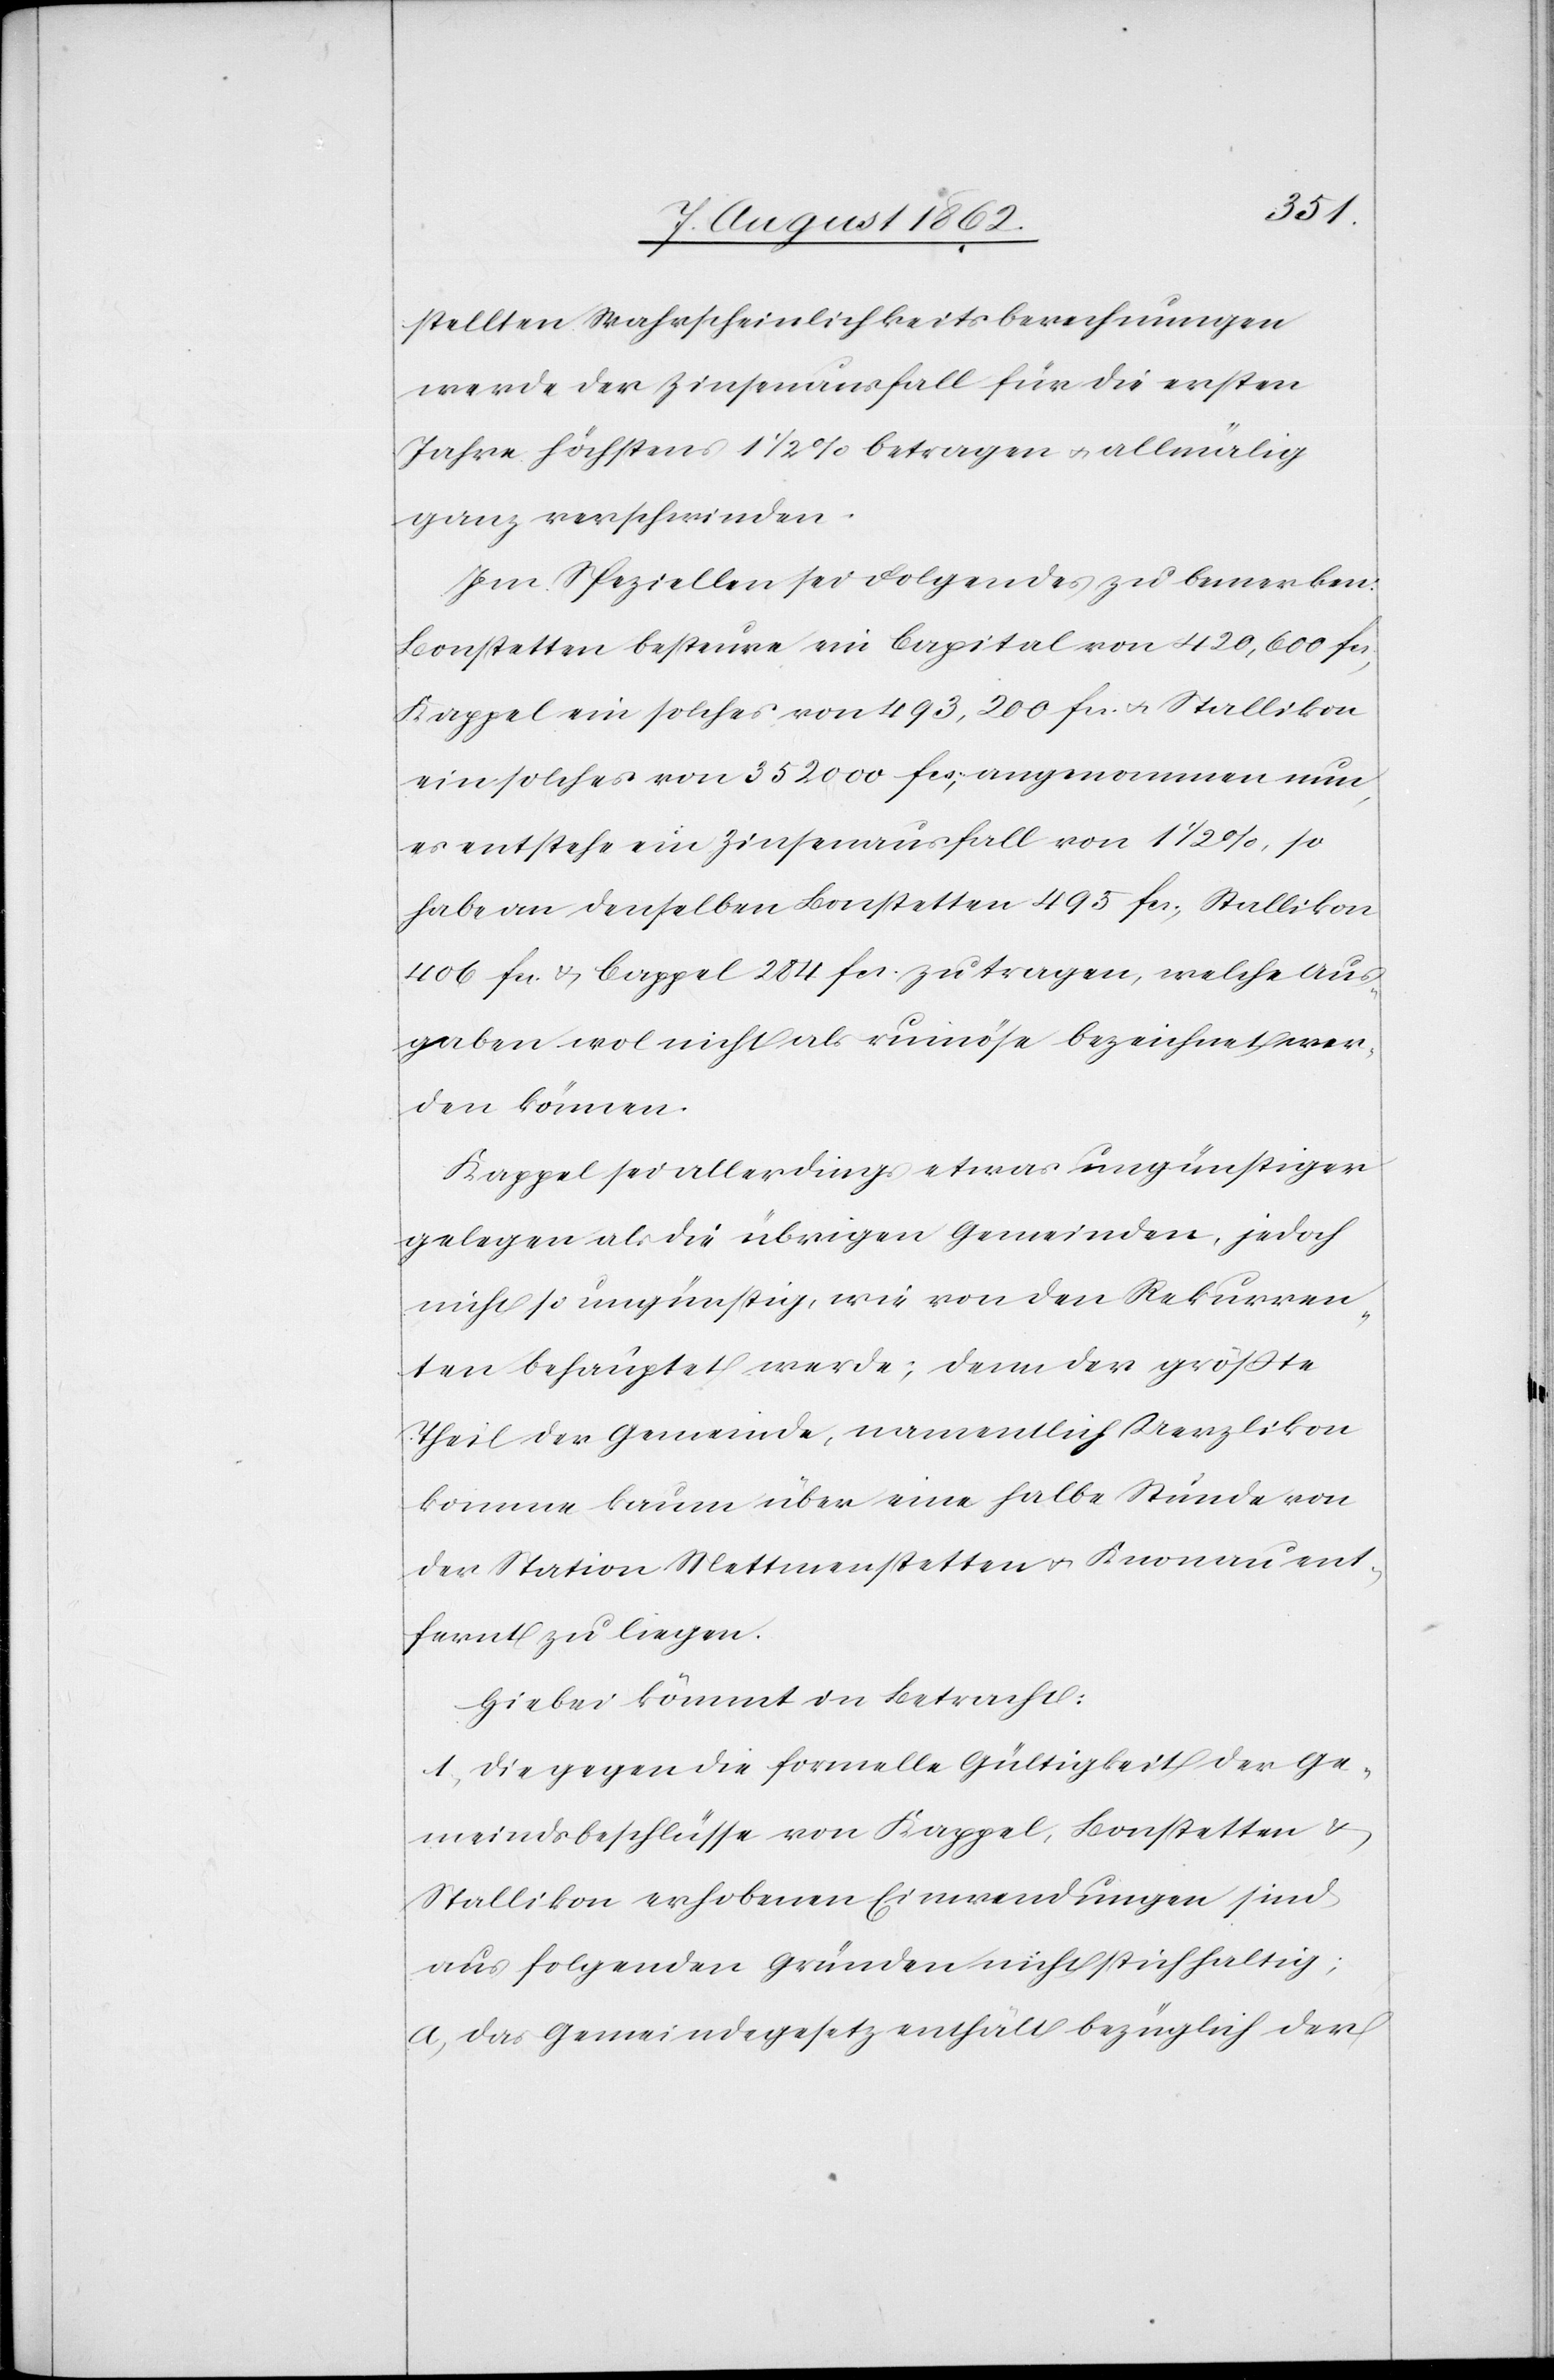
stellten Wahrscheinlichkeitsberechnungen
werde der Zinsausfall für die ersten
Jahre höchstens 1 1/2% betragen u. allmälig
ganz verschwinden.
Im Speziellen sei Folgendes zu bemerken:
Bonstetten besteure ein Capital von 420,600 fcs,
Kappel ein solches von 493,200 fcs. u. Stallikon
ein solches von 352 000 fcs, angenommen nun,
es entstehe ein Zinsausfall von 1 1/2%, so
habe an denselben Bonstetten 495 fcs., Stallikon
406 fcs u. Cappel [sic!] 284 fcs. zu tragen, welche Aus¬
gaben wol nicht als ruinöse bezeichnet wer¬
den können.
Kappel sei allerdings etwas ungünstiger
gelegen als die übrigen Gemeinden, jedoch
nicht so ungünstig, wie von den Rekurren¬
ten behauptet werde; denn der größte
Theil der Gemeinde, namentlich Uerzlikon
komme kaum über eine halbe Stunde von
der Station Mettmenstetten u. Knonau ent¬
fernt zu liegen.
Hiebei kömmt in Betracht:
1. Die gegen die formelle Gültigkeit der Ge¬
meindsbeschlüsse von Kappel, Bonstetten u.
Stallikon erhobenen Einwendungen sind
aus folgenden Gründen nicht stichhaltig:
a) das Gemeindegesetz enthält bezüglich der